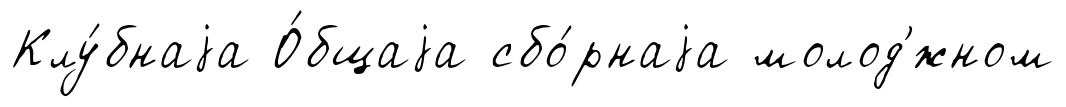
Клу́бнаjа О́бщаjа сбо́рнаjа молод'́жном